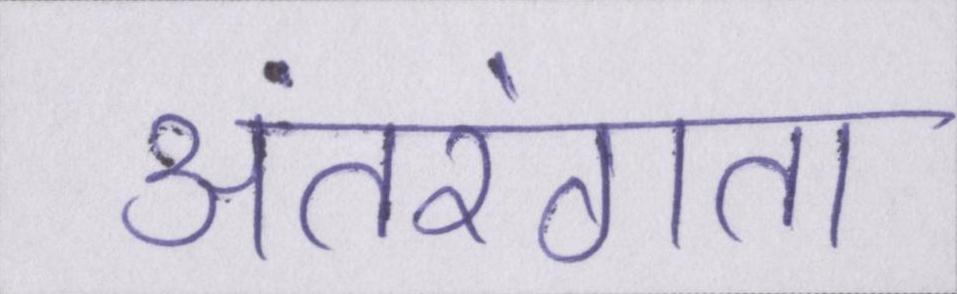
अंतरंगता